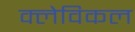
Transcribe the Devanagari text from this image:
क्लेविकल